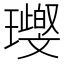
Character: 𤪨